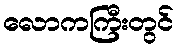
လောကကြီးတွင်